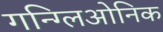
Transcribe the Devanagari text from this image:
गन्ग्लिओनिक